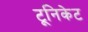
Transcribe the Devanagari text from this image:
टूनिकेट